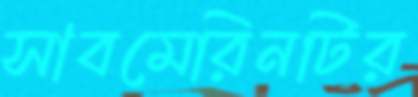
সাবমেরিনটির